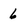
Character: 6